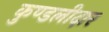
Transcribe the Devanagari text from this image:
कुण्डलीदार